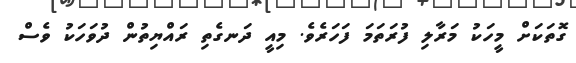
ގޮތަކަށް މީހަކު މަރާލި ފުރަތަމަ ފަހަރެވެ. މިއީ ދަނގެތި ރައްޔިތުން ދުވަހަކު ވެސް